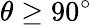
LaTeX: \theta\geq 90^{\circ}